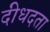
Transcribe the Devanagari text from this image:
दीधदता